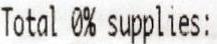
TOTAL 0% SUPPLIES: